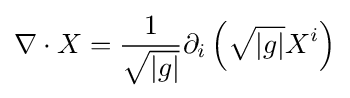
\nabla \cdot X={\frac {1}{\sqrt {|g|}}}\partial _{i}\left({\sqrt {|g|}}X^{i}\right)